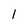
Character: 1